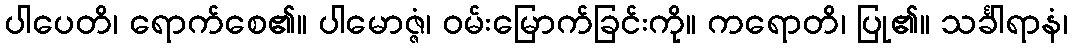
ပါပေတိ၊ ရောက်စေ၏။ ပါမောဇ္ဇံ၊ ဝမ်းမြောက်ခြင်းကို။ ကရောတိ၊ ပြု၏။ သင်္ခါရာနံ၊